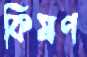
কিষণ